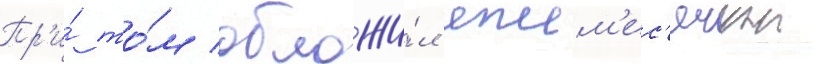
Пр'и́ то́м обложи́л ежем'ес'ячнои